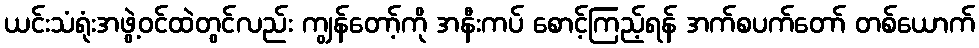
ယင်းသံရုံးအဖွဲ့ဝင်ထဲတွင်လည်း ကျွန်တော့်ကို အနီးကပ် စောင့်ကြည့်ရန် အက်စပက်တော် တစ်ယောက်